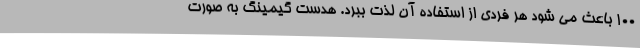
100 باعث می شود هر فردی از استفاده آن لذت ببرد. هدست گیمینگ به صورت